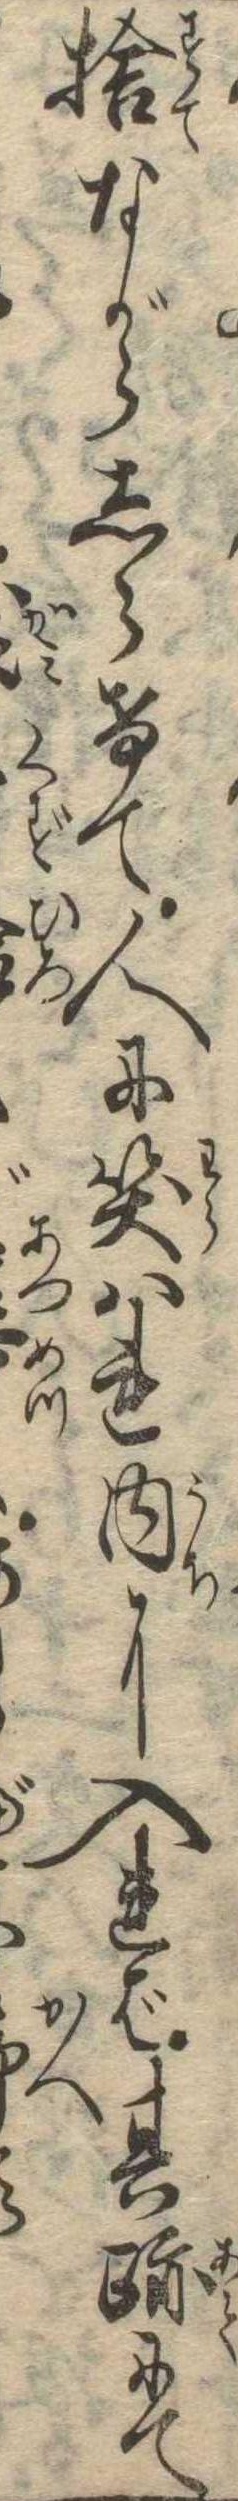
捨ながらしらけて人に笑はれ内に入れば其跡にて